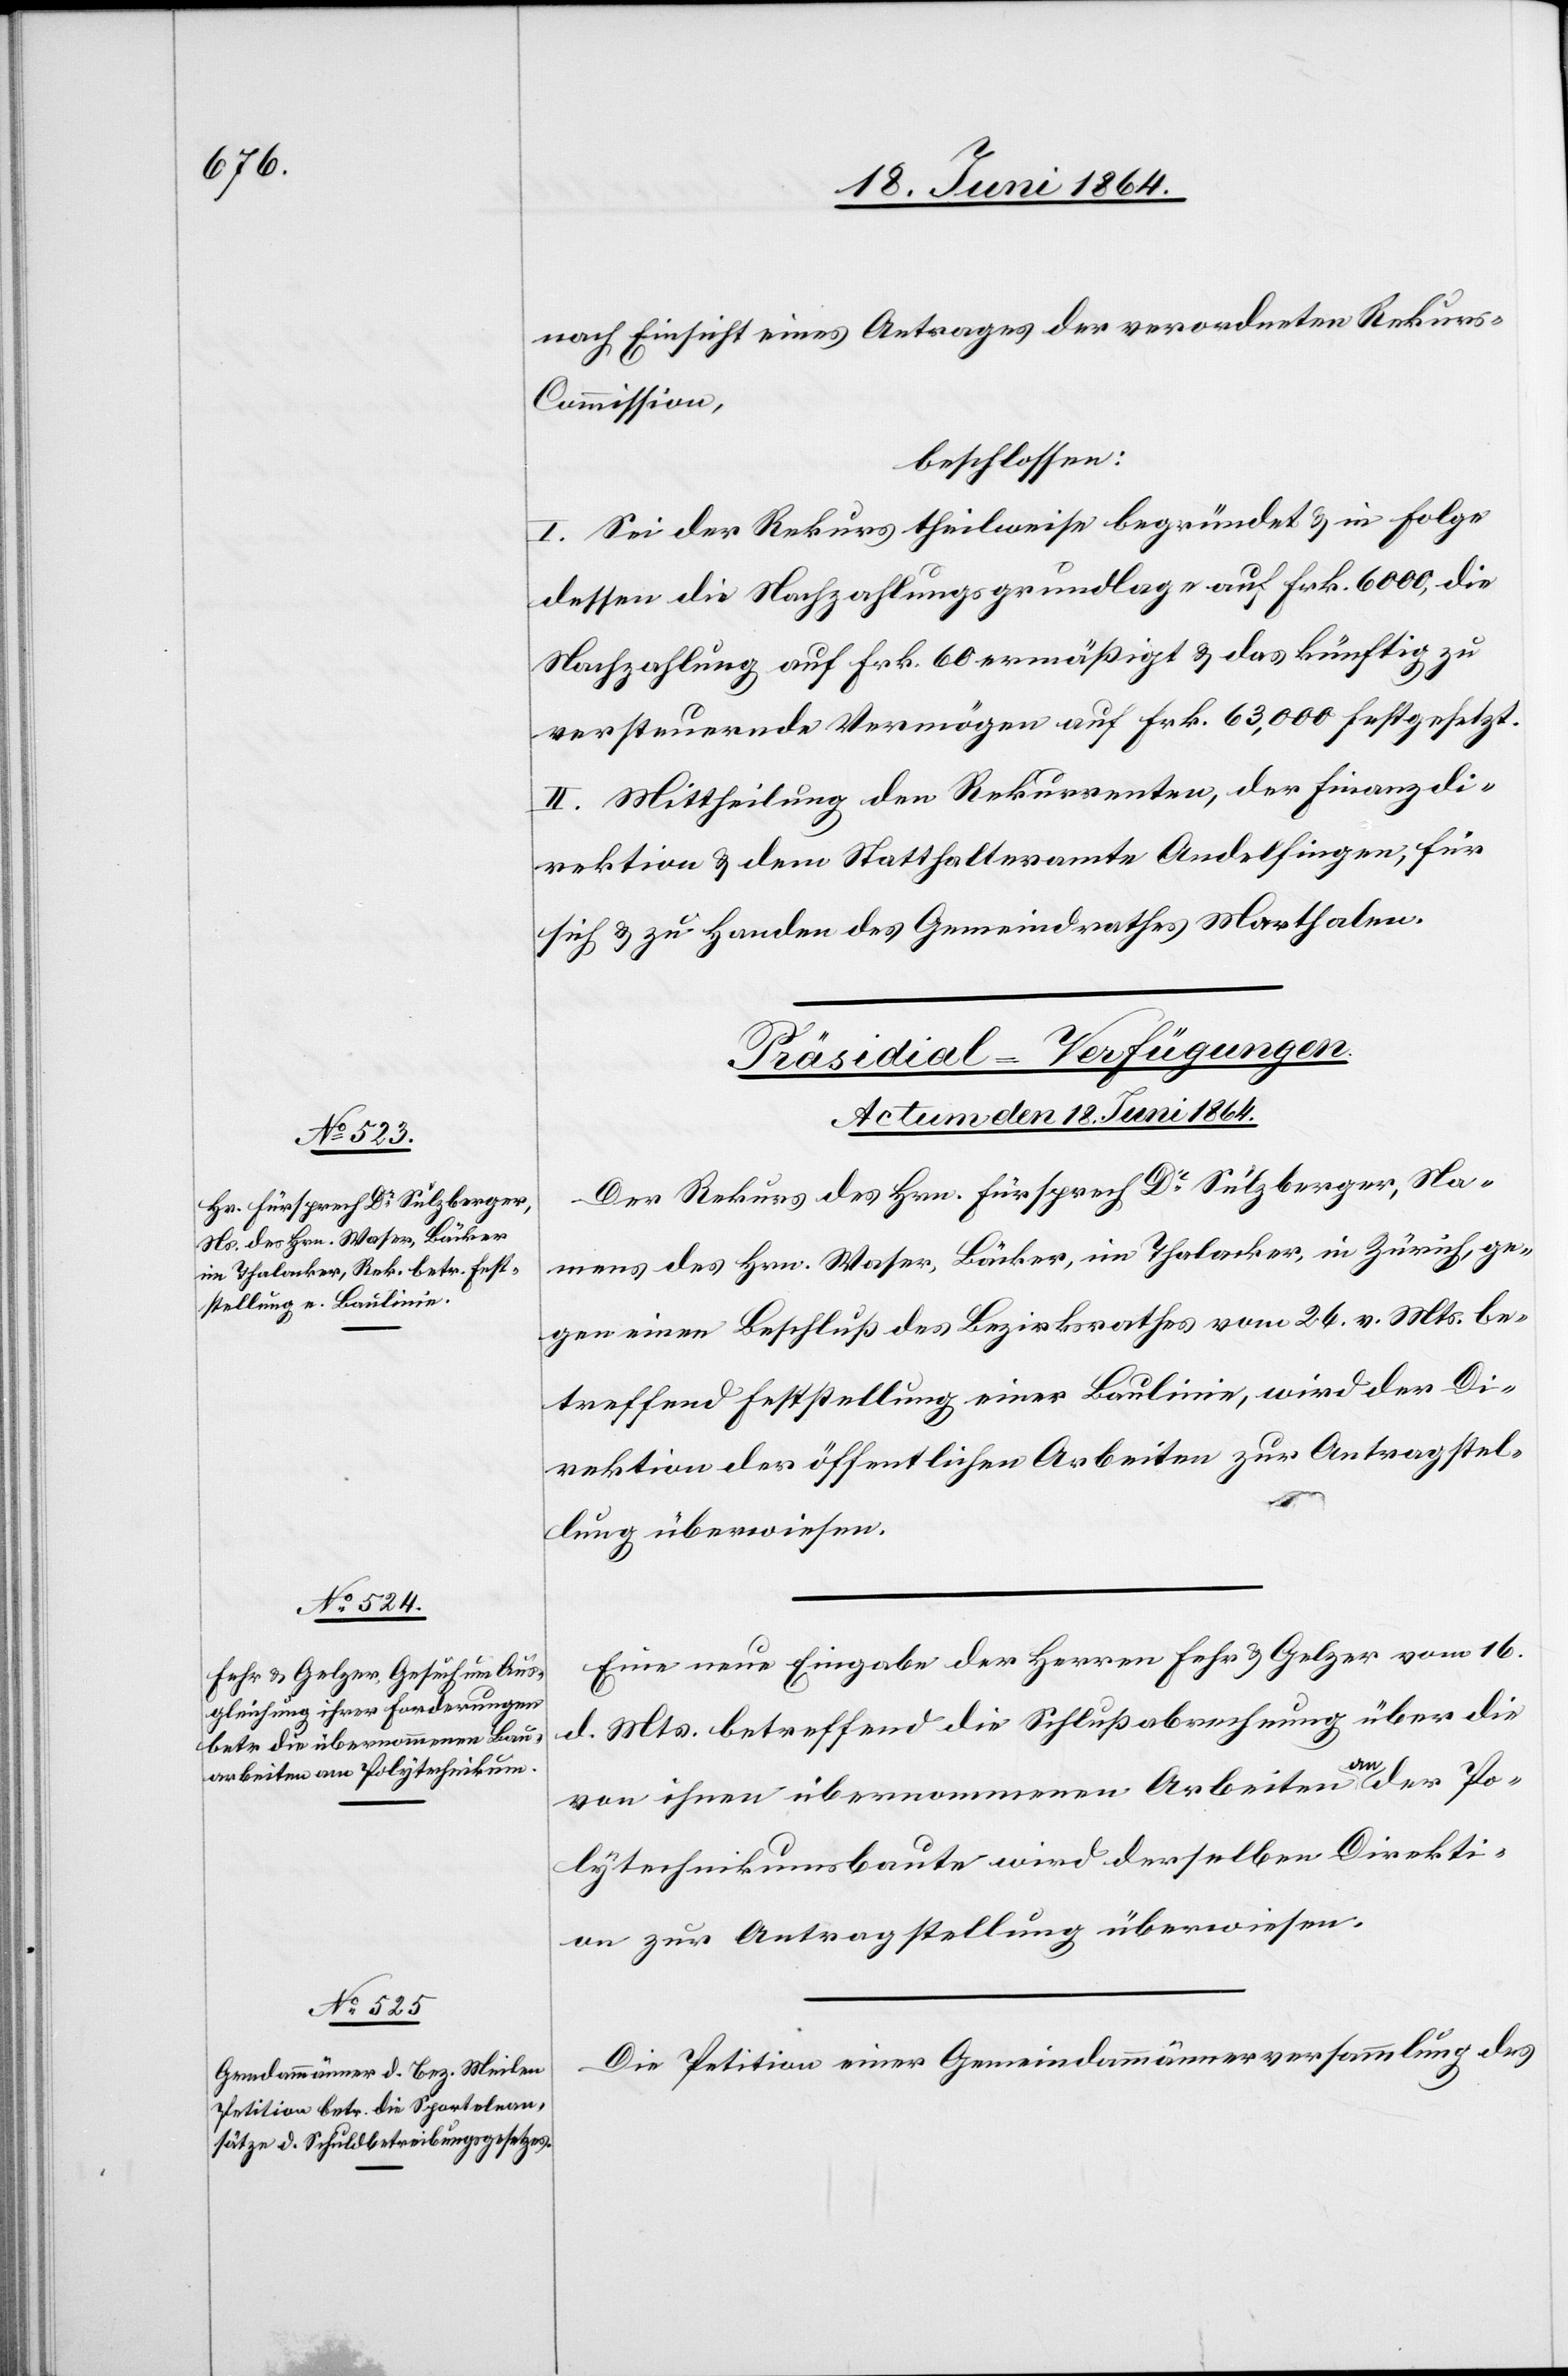
nach Einsicht eines Antrages der verordneten Rekur¬
s-Commission,
beschlossen:
I. Sei der Rekurs theilweise begründet u. in Folge
dessen die Nachzahlungsgrundlage auf Frk. 6000, die
Nachzahlung auf Frk. 60 ermäßigt u. das künftig zu
versteuernde Vermögen auf Frk. 63,000 festgesetzt.
II. Mittheilung den Rekurrenten, der Finanzdi¬
rektion u. dem Statthalteramte Andelfingen, für
sich u. zu Handen des Gemeindrathes Marthalen.
[Präsidial-Verfügungen.
Actum den 18. Juni 1864.]
Der Rekurs des Hrn. Fürsprech Dr Sulzberger, Na¬
mens des Hrn. Waser, Bäcker, im Thalacker, in Zürich, ge¬
gen einen Beschluß des Bezirksrathes vom 24. v. Mts. be¬
treffend Feststellung einer Baulinie, wird der Di¬
rektion der öffentlichen Arbeiten zur Antragstel¬
lung überwiesen.
Eine neue Eingabe der Herren Fehr u. Gelzer vom 16.
d. Mts. betreffend die Schlußabrechnung über die
von ihnen übernommenen Arbeiten an der Po¬
lytechnikumsbaute wird derselben Direkti¬
on zur Antragstellung überwiesen.
Die Petition einer Gemeindammännerversammlung des